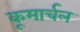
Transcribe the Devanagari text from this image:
कूमार्चल